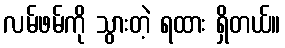
လမ်ဖမ်ကို သွားတဲ့ ရထား ရှိတယ်။